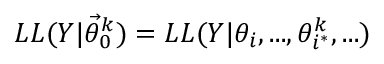
L L ( Y | \vec { \theta } _ { 0 } ^ { k } ) = L L ( Y | \theta _ { i } , . . . , \theta _ { i ^ { * } } ^ { k } , . . . )